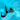
هل